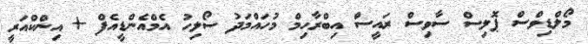
މޯލްޑިވްސް ޕޮލިސް ސާވިސް ރައީސް އިބްރާހިމް މުހައްމަދު ސޯލިހު އެމްއެންޑީއެފް + އިންކްއަރީ